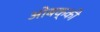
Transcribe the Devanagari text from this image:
ओबक्की